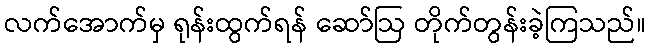
လက်အောက်မှ ရုန်းထွက်ရန် ဆော်ဩ တိုက်တွန်းခဲ့ကြသည်။